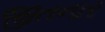
જીતનાર